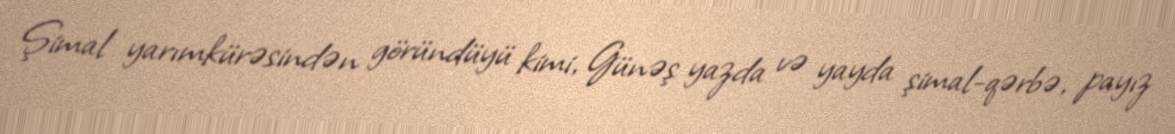
Şimal yarımkürəsindən göründüyü kimi, Günəş yazda və yayda şimal-qərbə, payız